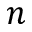
n